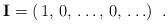
LaTeX: \begin{align*}{\bf I} = (\, 1,\, 0,\, \ldots ,\, 0, \, \ldots) \;\; .\end{align*}